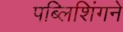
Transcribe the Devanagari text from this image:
पब्लिशिंगने